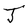
Character: J